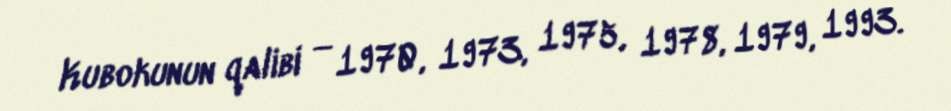
Kubokunun qalibi — 1970, 1973, 1975, 1978, 1979, 1993.